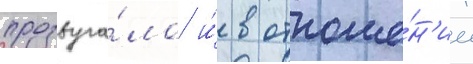
прозвуча́ло и́ в отноше́н'ии